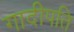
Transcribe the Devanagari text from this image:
गादीपति